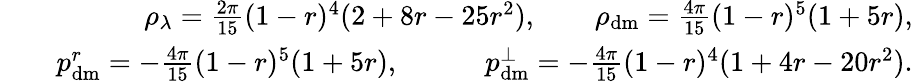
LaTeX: \begin{array}{rlr}&{}&{\rho_{\lambda}=\frac{2\pi}{15}(1-r)^{4}(2+8r-25r^{2}),\qquad\rho_{\mathrm{dm}}=\frac{4\pi}{15}(1-r)^{5}(1+5r),}\\ &{}&{p_{\mathrm{dm}}^{r}=-\frac{4\pi}{15}(1-r)^{5}(1+5r),\qquad\quad p_{\mathrm{dm}}^{\perp}=-\frac{4\pi}{15}(1-r)^{4}(1+4r-20r^{2}).}\end{array}